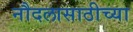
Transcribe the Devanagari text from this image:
नौदलासाठीच्या